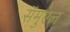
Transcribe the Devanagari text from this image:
सॅमुएल